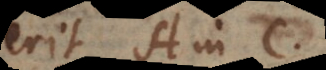
erit A in C.